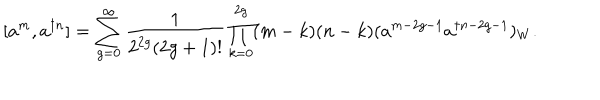
LaTeX: [ a ^ { m } , a ^ { \dagger n } ] = \sum _ { g = 0 } ^ { \infty } \frac { 1 } { 2 ^ { 2 g } ( 2 g + 1 ) ! } \prod _ { k = 0 } ^ { 2 g } ( m - k ) ( n - k ) ( a ^ { m - 2 g - 1 } a ^ { \dagger n - 2 g - 1 } ) _ { W } .